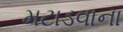
મટાડવાના